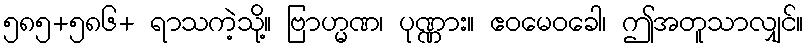
၅၈၅+၅၈၆+ ရာသကဲ့သို့။ ဗြာဟ္မဏ၊ ပုဏ္ဏား။ ဧဝမေဝခေါ၊ ဤအတူသာလျှင်။